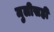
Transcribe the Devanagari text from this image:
मुलीसही